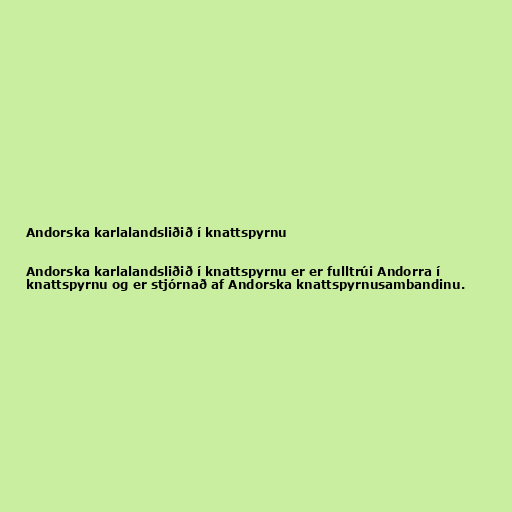
Andorska karlalandsliðið í knattspyrnu

Andorska karlalandsliðið í knattspyrnu er er fulltrúi Andorra í
knattspyrnu og er stjórnað af Andorska knattspyrnusambandinu.